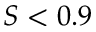
S < 0 . 9